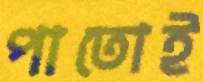
পাতোই